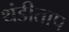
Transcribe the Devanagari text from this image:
थंडीताप